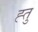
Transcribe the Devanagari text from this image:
ह्तु